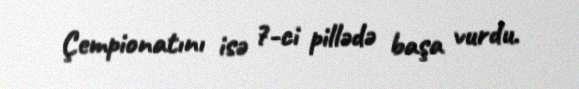
Çempionatını isə 7-ci pillədə başa vurdu.